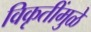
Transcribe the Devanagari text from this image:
विकृतींमुळे